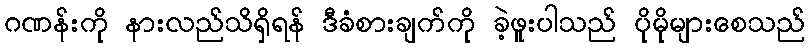
ဂဏန်းကို နားလည်သိရှိရန် ဒီခံစားချက်ကို ခဲ့ဖူးပါသည် ပိုမိုများစေသည်